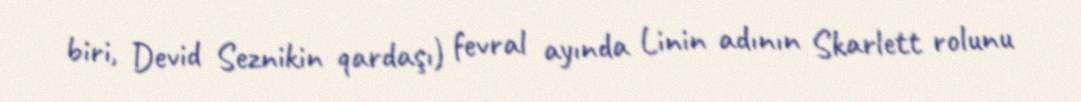
biri, Devid Seznikin qardaşı) fevral ayında Linin adının Skarlett rolunu